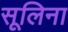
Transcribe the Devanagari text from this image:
सूलिना